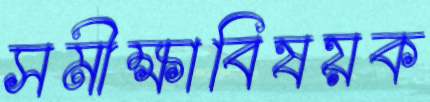
সমীক্ষাবিষয়ক